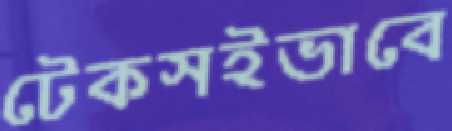
টেকসইভাবে